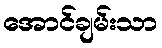
အောင်ချမ်းသာ